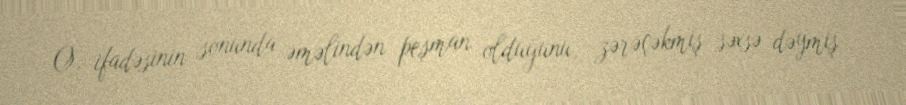
O, ifadəsinin sonunda əməlindən peşman olduğunu, zərəçəkmiş səxsə dəymiş